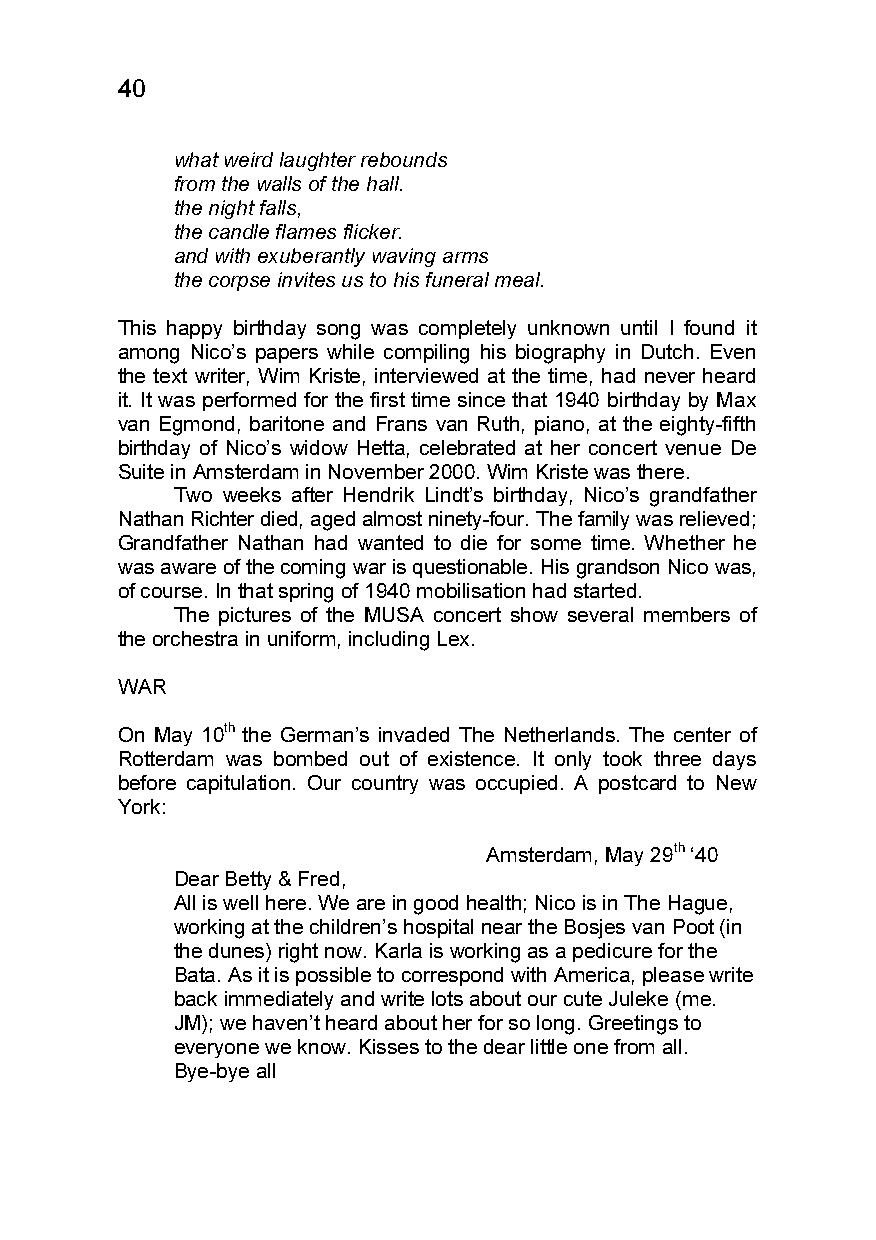
40
 what weird laughter rebounds
 from the walls of the hall.
 the night falls,
 the candle flames flicker.
 and with exuberantly waving arms
 the corpse invites us to his funeral meal.
 This happy birthday song was completely unknown until I found it
 among Nico’s papers while compiling his biography in Dutch. Even
 the text writer, Wim Kriste, interviewed at the time, had never heard
 it. It was performed for the first time since that 1940 birthday by Max
 van Egmond, baritone and Frans van Ruth, piano, at the eighty-fifth
 birthday of Nico’s widow Hetta, celebrated at her concert venue De
 Suite in Amsterdam in November 2000. Wim Kriste was there.
 Two weeks after Hendrik Lindt’s birthday, Nico’s grandfather
 Nathan Richter died, aged almost ninety-four. The family was relieved;
 Grandfather Nathan had wanted to die for some time. Whether he
 was aware of the coming war is questionable. His grandson Nico was,
 of course. In that spring of 1940 mobilisation had started.
 The pictures of the MUSA concert show several members of
 the orchestra in uniform, including Lex.
 WAR
 On May 10th the German’s invaded The Netherlands. The center of
 Rotterdam was bombed out of existence. It only took three days
 before capitulation. Our country was occupied. A postcard to New
 York:
 Amsterdam, May 29th ‘40
 Dear Betty & Fred,
 All is well here. We are in good health; Nico is in The Hague,
 working at the children’s hospital near the Bosjes van Poot (in
 the dunes) right now. Karla is working as a pedicure for the
 Bata. As it is possible to correspond with America, please write
 back immediately and write lots about our cute Juleke (me.
 JM); we haven’t heard about her for so long. Greetings to
 everyone we know. Kisses to the dear little one from all.
 Bye-bye all